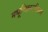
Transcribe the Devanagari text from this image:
मधूच्छिस्टविधान